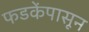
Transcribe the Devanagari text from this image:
फडकेंपासून